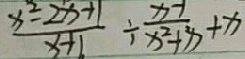
\frac { x ^ { 2 } - 2 x + 1 } { x + b } \div \frac { x - 1 } { x ^ { 2 } + x } + x